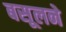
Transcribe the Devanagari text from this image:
बसूलने